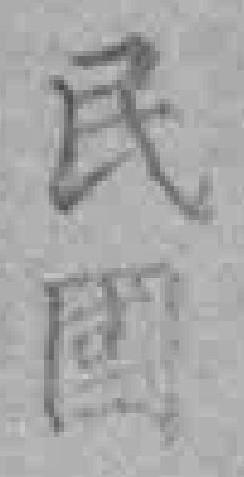
民国